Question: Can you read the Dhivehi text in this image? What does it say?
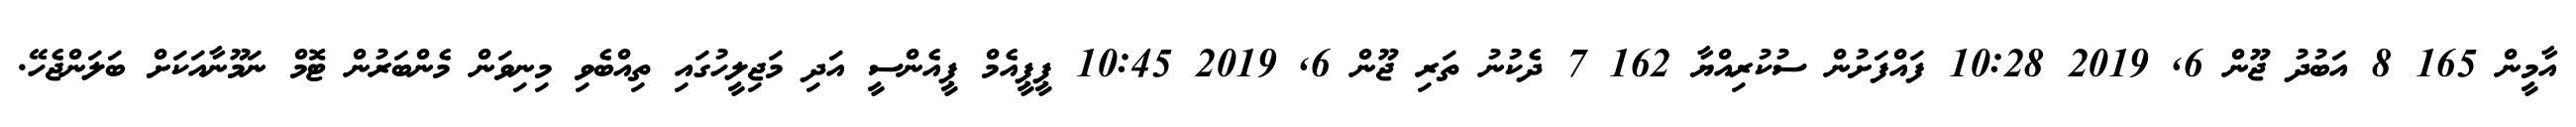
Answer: އާމީން 165 8 އަބުދު ޖޫން 6, 2019 10:28 ފައްފަށުން ސުކުރިއްޔާ 162 7 ދެކުނު ތަރި ޖޫން 6, 2019 10:45 ޕީޕީއެމް ޕީއެންސީ އަދި މަޖިލީހުގައި ތިއްބެވި މިނިވަން މެންބަރުން ޓޮމް ނަމޫނާއަކަށް ބަލަންޖެހޭ.